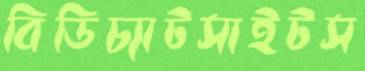
বিডিচ্যাটসাইটস